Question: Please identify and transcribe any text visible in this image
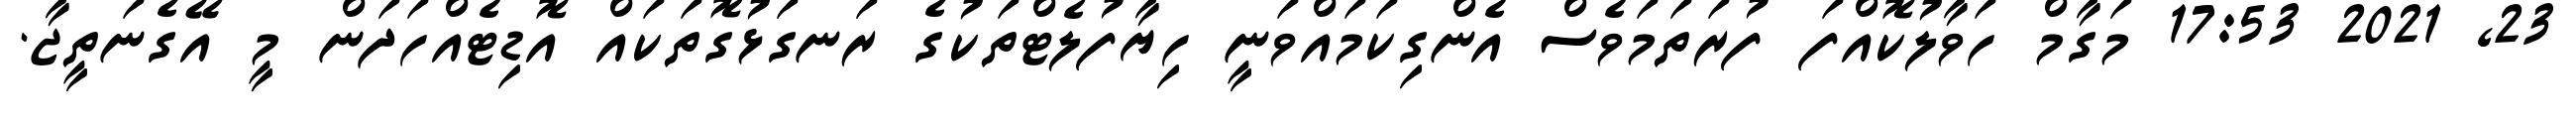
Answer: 23, 2021 17:53 މަގާމް ހަވާލުކޮއްފަ ފުރަތަމަވެސް އެންގިކަމައްވަނީ ހިޔާފުލެޓްތަކުގެ ރަނގަޅުގޮތަކައް އޮޑިޓެއްހަދަން މީ އޭގެނަތީޖާ.